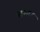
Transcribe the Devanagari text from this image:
सम्मट